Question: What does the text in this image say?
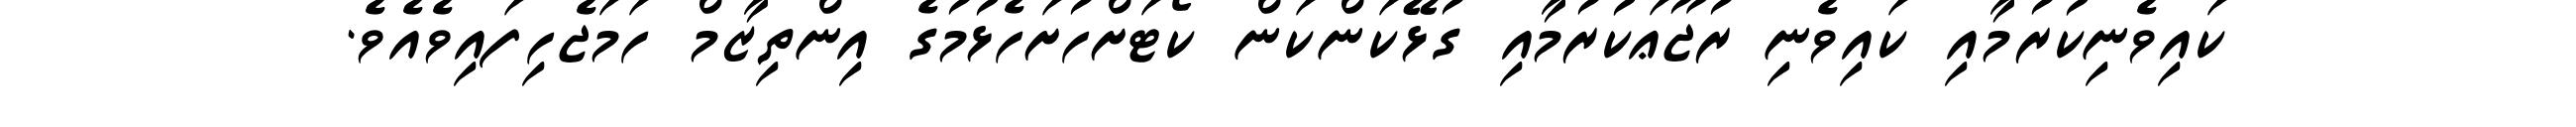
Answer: ކައިވެނިކުރުމާއި ކައިވެނި ރުޖޫޢަކުރުމާއި ގުޅޭކަންކަން ކޯޓަށްހުށަހެޅުމުގެ އިންތިޒާމް ހަމަޖެހިފައިވެއެވެ.